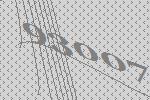
93007